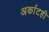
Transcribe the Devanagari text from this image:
अर्काटही